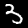
Label: 3